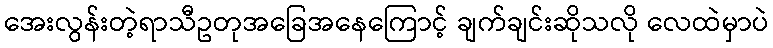
အေးလွန်းတဲ့ရာသီဥတုအခြေအနေကြောင့် ချက်ချင်းဆိုသလို လေထဲမှာပဲ